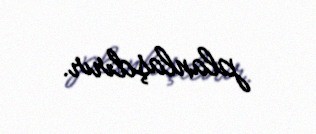
planlaşdırır.